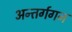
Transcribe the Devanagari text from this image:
अन्तर्गगन